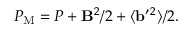
P _ { \mathrm { { M } } } = P + { \bf { B } } ^ { 2 } / 2 + \langle { { \bf { b } } ^ { \prime } { } ^ { 2 } } \rangle / 2 .